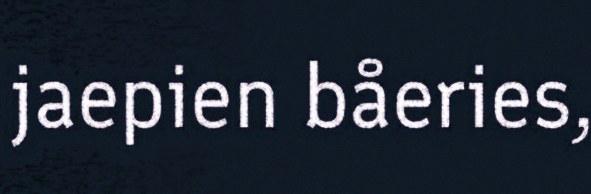
jaepien båeries,